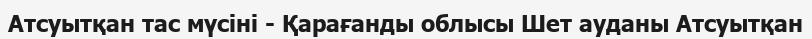
Атсуытқан тас мүсіні - Қарағанды облысы Шет ауданы Атсуытқан